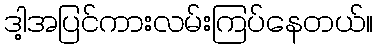
ဒါ့အပြင်ကားလမ်းကြပ်နေတယ်။